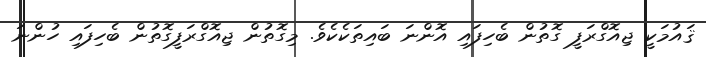
ޤައުމަކީ ޖިއޮގްރަފީ ގޮތުން ބެހިފައި އޮންނަ ބައިތަކެކެވެ. މިގޮތުން ޖިއޮގްރަފީގޮތުން ބެހިފައި ހުންނަ